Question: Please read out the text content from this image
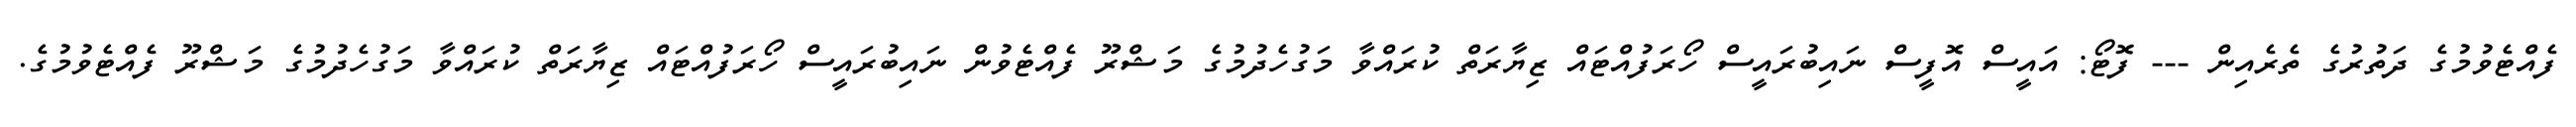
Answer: ފެއްޓެވުމުގެ ދަތުރުގެ ތެރެއިން --- ފޮޓޯ: އައީސް އޮފީސް ނައިބުރައީސް ހޯރަފުއްޓައް ޒިޔާރަތް ކުރައްވާ މަގުހެދުމުގެ މަޝްރޫ ފެއްޓެވުން ނައިބުރައީސް ހޯރަފުއްޓައް ޒިޔާރަތް ކުރައްވާ މަގުހެދުމުގެ މަޝްރޫ ފެއްޓެވުމުގެ.